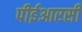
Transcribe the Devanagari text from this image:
पीईआरसी